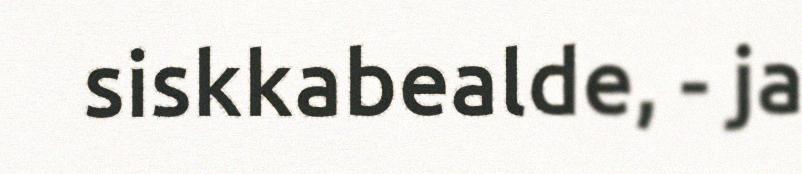
siskkabealde, - ja